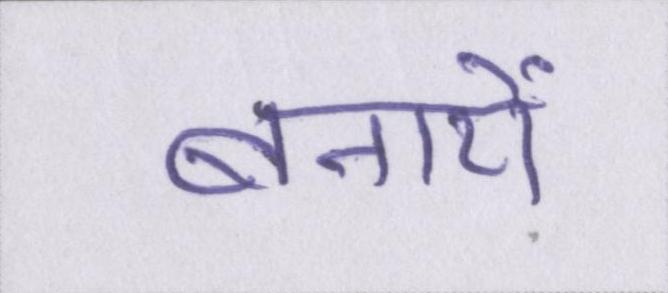
बनायें